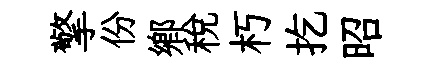
擎份鄉税朽扢昭